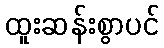
ထူးဆန်းစွာပင်